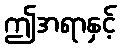
ဤအရာနှင့်